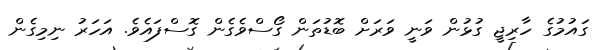
ގައުމުގެ ހާރިޖީ ގުޅުން ވަނީ ވަރަށް ބޮޑުތަން ގޯސްވެގެން ގޮސްފައެވެ. އަހަރު ނިމިގެން